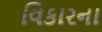
વિકારના